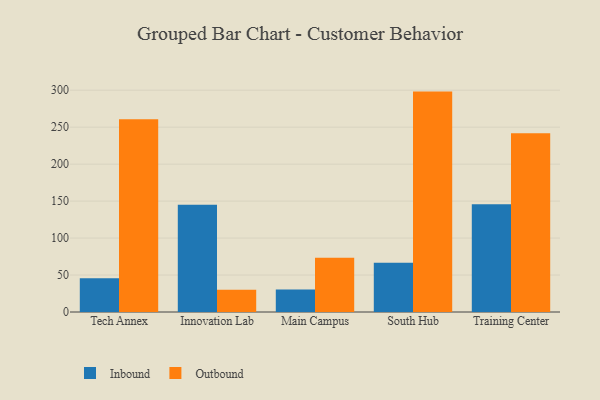
{"axis": {"x": "Campus", "y": "Satisfaction Score"}, "legend": ["Inbound", "Outbound"], "data": [{"x": "Tech Annex", "y": 45.8, "type": "Inbound"}, {"x": "Tech Annex", "y": 260.6, "type": "Outbound"}, {"x": "Innovation Lab", "y": 145.0, "type": "Inbound"}, {"x": "Innovation Lab", "y": 30.0, "type": "Outbound"}, {"x": "Main Campus", "y": 30.3, "type": "Inbound"}, {"x": "Main Campus", "y": 73.5, "type": "Outbound"}, {"x": "South Hub", "y": 66.7, "type": "Inbound"}, {"x": "South Hub", "y": 298.1, "type": "Outbound"}, {"x": "Training Center", "y": 145.8, "type": "Inbound"}, {"x": "Training Center", "y": 241.8, "type": "Outbound"}]}